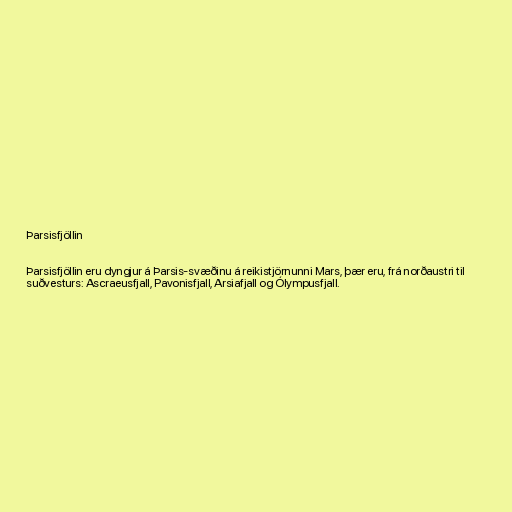
Þarsisfjöllin

Þarsisfjöllin eru dyngjur á Þarsis-svæðinu á reikistjörnunni Mars, þær eru, frá norðaustri til
suðvesturs: Ascraeusfjall, Pavonisfjall, Arsiafjall og Ólympusfjall.